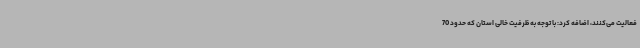
فعالیت می‌کنند، اضافه کرد: با توجه به ظرفیت خالی استان که حدود 70